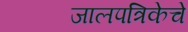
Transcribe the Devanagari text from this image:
जालपत्रिकेचे